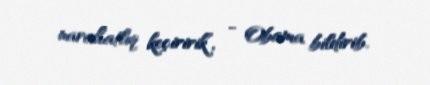
narahatlıq keçiririk”, - Obama bildirib.